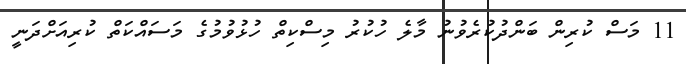
11 މަސް ކުރިން ބަންދުކުރެވުނު މާލެ ހުކުރު މިސްކިތް ހުޅުވުމުގެ މަސައްކަތް ކުރިއަށްދަނީ